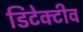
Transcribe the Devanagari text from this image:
डिटेक्टीव